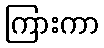
ကြားကာ